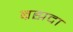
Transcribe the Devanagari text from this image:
ब्रह्मदा